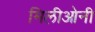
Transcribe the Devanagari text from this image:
मिलीओनी